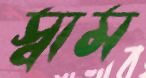
স্বাম